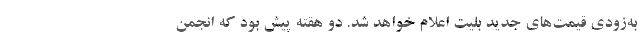
به‌زودی قیمت‌های جدید بلیت اعلام خواهد شد. دو هقته پیش بود که انجمن